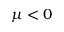
\mu < 0